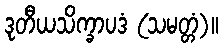
ဒုတီယသိက္ခာပဒံ (သမတ္တံ)။